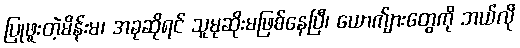
ပြုဖူးတဲ့မိန်းမ၊ အခုဆိုရင် သူမုဆိုးမဖြစ်နေပြီ၊ ယောက်ျားတွေကို ဘယ်လို